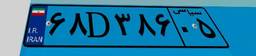
۶۸D۳۸۶۰۵